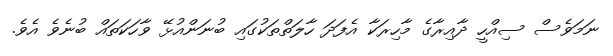
ނަމަވެސް ސިއްހީ ދާއިރާގެ މާހިރަކާ އެފަދަ ހާލަތްތަކުގައި ބުނަންއުޅޭ ވާހަކަތައް ބުނެވެ އެވެ.